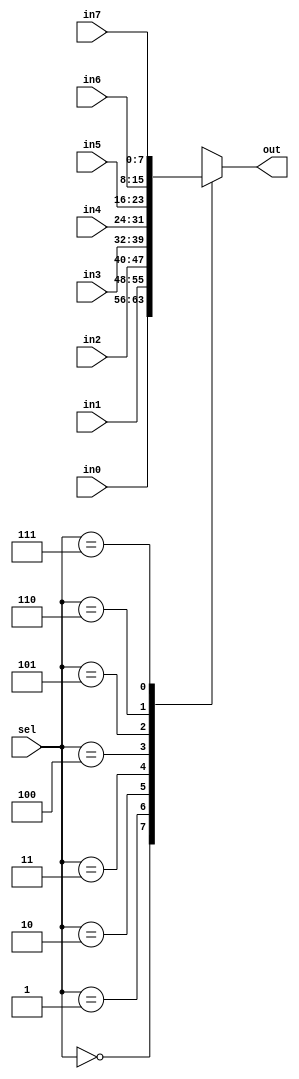
module one_of_eight(in0,in1,in2,in3,in4,in5,in6,in7,sel,out);
    parameter WIDTH = 8;
    parameter BHC = 10;
    input [2:0] sel;
    input [WIDTH-1:0] in0,in1,in2,in3,in4,in5,in6,in7;
    output reg [WIDTH-1:0] out;
    always@ (*)
    begin
        out={WIDTH{1'b0}};
        case(sel)
            3'd0:out=in0;
            3'd1:out=in1;
            3'd2:out=in2;
            3'd3:out=in3;
            3'd4:out=in4;
            3'd5:out=in5;
            3'd6:out=in6;
            3'd7:out=in7;
            default:; // indicates null
        endcase
    end
endmodule